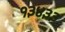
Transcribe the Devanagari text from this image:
१३४३३